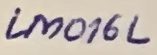
Text: LM016L